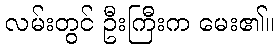
လမ်းတွင် ဦးကြီးက မေး၏။